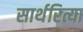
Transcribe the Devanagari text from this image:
सार्थरित्या